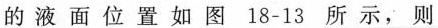
的液面位置如图18-13所示，则